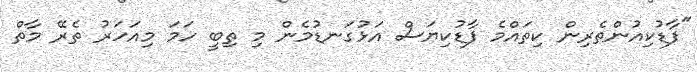
"ފާޑުކިއުންތެރިން ކިތައްމެ ފާޑުކިޔަސް އަޅުގަނޑުމެން މި ތިބީ ހަމަ މިއަހަރު ތެރޭ މާތް